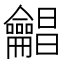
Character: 𪛋